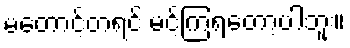
မတောင့်တရင် မင့်ကြရတော့ပါဘူး။